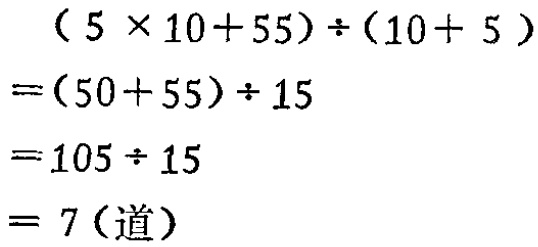
\[
\begin{align*}
&(5\times10 + 55)\div(10 + 5)\\
=&(50 + 55)\div15\\
=&105\div15\\
=&7(\text{道})
\end{align*}
\]